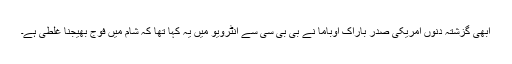
ابھی گزشتہ دنوں امریکی صدر باراک اوباما نے بی بی سی سے انٹرویو میں یہ کہا تھا کہ شام میں فوج بھیجنا غلطی ہے۔